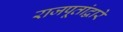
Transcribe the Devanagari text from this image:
राजपूतांद्वारे